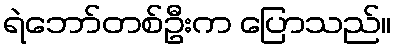
ရဲဘော်တစ်ဦးက ပြောသည်။